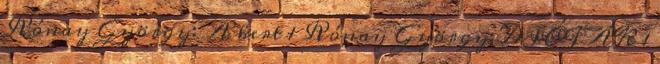
Rónay György: A kert 1 Rónay György: DIÓFÁK 1